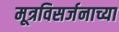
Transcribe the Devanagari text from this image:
मूत्रविसर्जनाच्या